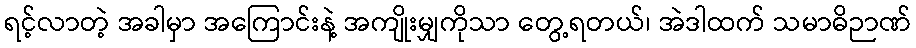
ရင့်လာတဲ့ အခါမှာ အကြောင်းနဲ့ အကျိုးမျှကိုသာ တွေ့ရတယ်၊ အဲဒါထက် သမာဓိဉာဏ်